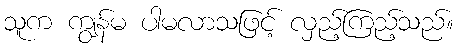
သူက ကျွန်မ ပါမလာသဖြင့် လှည့်ကြည့်သည်။